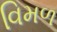
વિમળ